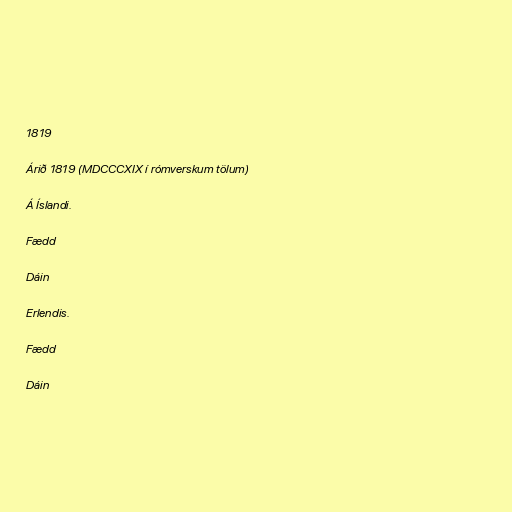
1819

Árið 1819 (MDCCCXIX í rómverskum tölum)

Á Íslandi.

Fædd

Dáin

Erlendis.

Fædd

Dáin